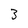
Character: 3